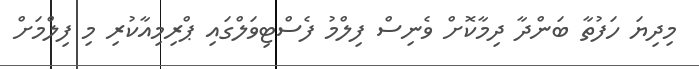
މިދިޔަ ހަފުތާ ބަންދާ ދިމާކޮށް ވެނިސް ފިލްމު ފެސްޓިވަލްގައި ޕްރިމިއާކުރި މި ފިލްމަށް